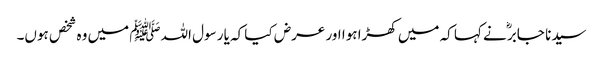
سیدنا جابرؓ نے کہا کہ میں کھڑا ہوا اور عرض کیا کہ یا رسول اللہﷺ میں وہ شخص ہوں۔